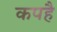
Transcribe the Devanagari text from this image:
कपहै